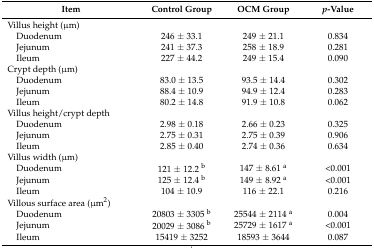
<table><thead><tr><td><b>Item</b></td><td><b>Control Group</b></td><td><b>OCM Group</b></td><td><b><i>p</i>-Value</b></td></tr></thead><tbody><tr><td>Villus height (μm)</td><td></td><td></td><td></td></tr><tr><td> Duodenum</td><td>246 ± 33.1</td><td>249 ± 21.1</td><td>0.834</td></tr><tr><td> Jejunum</td><td>241 ± 37.3</td><td>258 ± 18.9</td><td>0.281</td></tr><tr><td> Ileum</td><td>227 ± 44.2</td><td>249 ± 15.4</td><td>0.090</td></tr><tr><td>Crypt depth (μm)</td><td></td><td></td><td></td></tr><tr><td> Duodenum</td><td>83.0 ± 13.5</td><td>93.5 ± 14.4</td><td>0.302</td></tr><tr><td> Jejunum</td><td>88.4 ± 10.9</td><td>94.9 ± 12.4</td><td>0.283</td></tr><tr><td> Ileum</td><td>80.2 ± 14.8</td><td>91.9 ± 10.8</td><td>0.062</td></tr><tr><td>Villus height/crypt depth</td><td></td><td></td><td></td></tr><tr><td> Duodenum</td><td>2.98 ± 0.18</td><td>2.66 ± 0.23</td><td>0.325</td></tr><tr><td> Jejunum</td><td>2.75 ± 0.31</td><td>2.75 ± 0.39</td><td>0.906</td></tr><tr><td> Ileum</td><td>2.85 ± 0.40</td><td>2.74 ± 0.36</td><td>0.634</td></tr><tr><td>Villus width (μm)</td><td></td><td></td><td></td></tr><tr><td> Duodenum</td><td>121 ± 12.2 <sup>b</sup></td><td>147 ± 8.61 <sup>a</sup></td><td>&lt;0.001</td></tr><tr><td> Jejunum</td><td>125 ± 12.4 <sup>b</sup></td><td>149 ± 8.92 <sup>a</sup></td><td>&lt;0.001</td></tr><tr><td> Ileum</td><td>104 ± 10.9</td><td>116 ± 22.1</td><td>0.216</td></tr><tr><td>Villous surface area (μm<sup>2</sup>)</td><td></td><td></td><td></td></tr><tr><td> Duodenum</td><td>20803 ± 3305 <sup>b</sup></td><td>25544 ± 2114 <sup>a</sup></td><td>0.004</td></tr><tr><td> Jejunum</td><td>20029 ± 3086 <sup>b</sup></td><td>25729 ± 1617 <sup>a</sup></td><td>&lt;0.001</td></tr><tr><td> Ileum</td><td>15419 ± 3252</td><td>18593 ± 3644</td><td>0.087</td></tr></tbody></table>